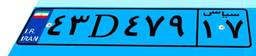
۹۵D۷۹۶۶۶